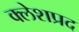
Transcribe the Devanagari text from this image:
क्लेशप्रद